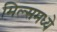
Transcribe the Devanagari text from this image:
मिल्समध्ये